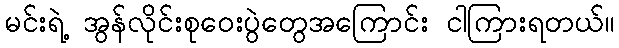
မင်းရဲ့ အွန်လိုင်းစုဝေးပွဲတွေအကြောင်း ငါကြားရတယ်။